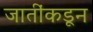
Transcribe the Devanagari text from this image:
जातींकडून